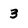
Character: 3